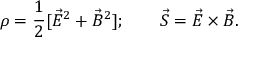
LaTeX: \rho = { \frac { 1 } { 2 } } [ \vec { E } ^ { 2 } + \vec { B } ^ { 2 } ] ; \qquad \vec { S } = \vec { E } \times \vec { B } .